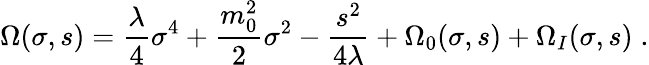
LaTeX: \Omega(\sigma,s)={\frac{\lambda}{4}}\sigma^{4}+{\frac{m_{0}^{2}}{2}}\sigma^{2}-{\frac{s^{2}}{4\lambda}}+\Omega_{0}(\sigma,s)+\Omega_{I}(\sigma,s)\; .